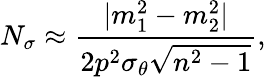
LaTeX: N_{\sigma}\approx\frac{|m_{1}^{2}-m_{2}^{2}|}{2p^{2}\sigma_{\theta}\sqrt{n^{2}-1}},